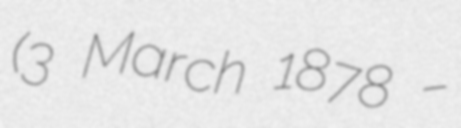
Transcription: (3 March 1878 –